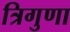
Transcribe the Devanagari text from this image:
त्रिगुणा